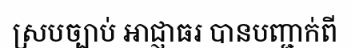
ស្របច្បាប់ អាជ្ញាធរ បានបញ្ជាក់ពី